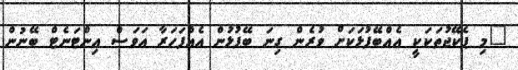
"މި ޕެކޭޖުތަކަކީ އެއްބޭފުޅަކަށް ވުރެން ގިނަ ބޭފުޅުން އެއްފަހަރާ އަވަސް އިންޓަނެޓް ބޭނުން